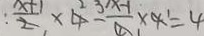
= \frac { x + 1 } { 2 } \times 4 - \frac { x - 1 } { 4 } \times 4 = 4